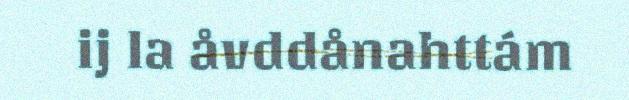
ij la åvddånahttám